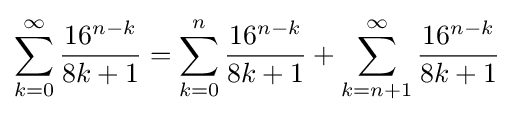
\sum _{k=0}^{\infty }{\frac {16^{n-k}}{8k+1}}=\sum _{k=0}^{n}{\frac {16^{n-k}}{8k+1}}+\sum _{k=n+1}^{\infty }{\frac {16^{n-k}}{8k+1}}